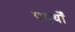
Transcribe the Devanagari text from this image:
पदर्थों